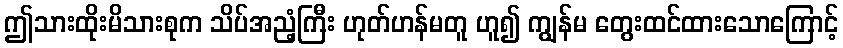
ဤသားထိုးမိသားစုက သိပ်အညံ့ကြီး ဟုတ်ဟန်မတူ ဟူ၍ ကျွန်မ တွေးထင်ထားသောကြောင့်